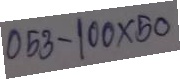
053 - 100 x 50